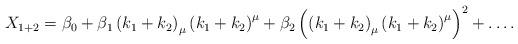
LaTeX: \begin{align*} X_{1+2} &= \beta_0 + \beta_1 \left( k_1 + k_2 \right) _\mu \left( k_1 + k_2 \right) ^\mu + \beta_2\left( \left( k_1 + k_2 \right) _\mu \left( k_1 + k_2 \right) ^\mu \right)^2+ \ldots. \end{align*}